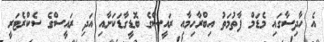
އެ ހާދިސާގައި މެޑަމް ފާތުމަތު އިބްރާހިމާއި ރައީސްގެ ބޮޑީގާޑަކަށާއި އަދި ރައީސްގެ ސެކްރެޓަރީ